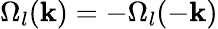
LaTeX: \Omega_{l}(\mathbf{k})=-\Omega_{l}(-\mathbf{k})